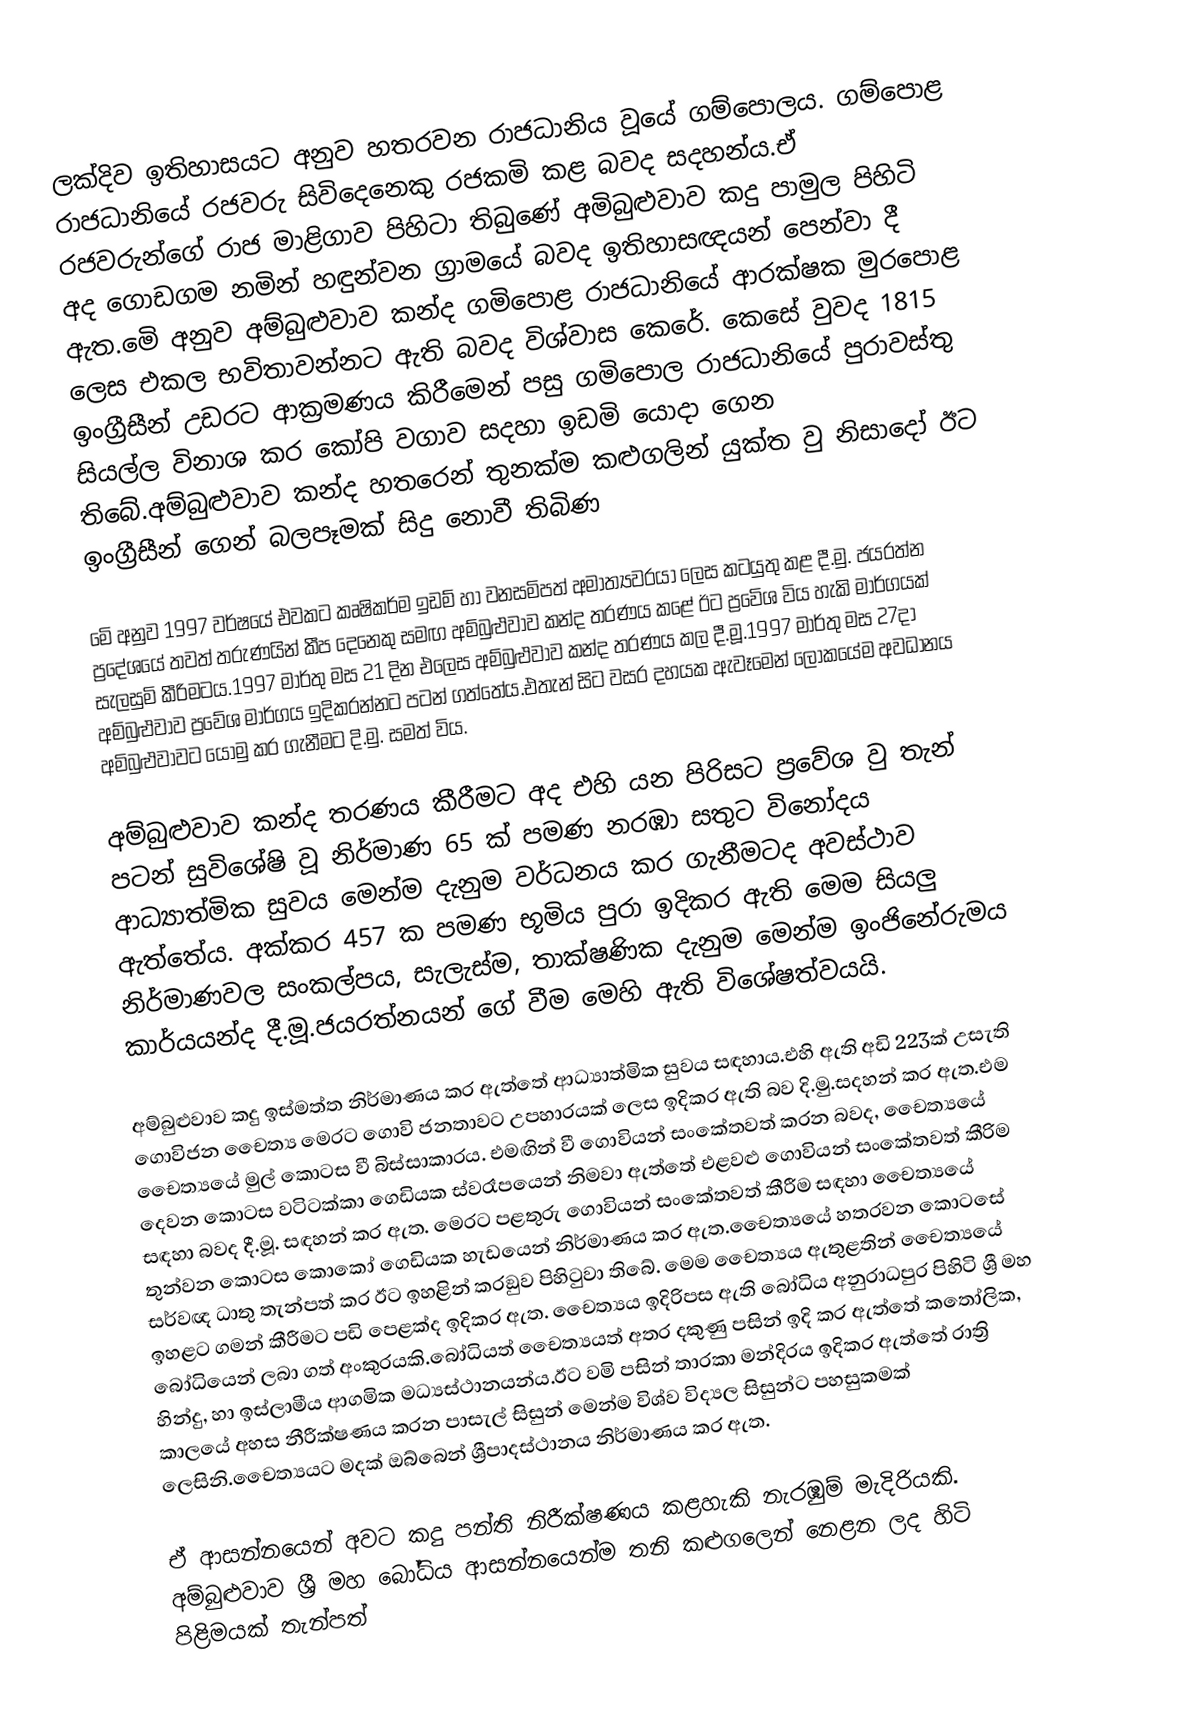
ලක්දිව ඉතිහාසයට අනුව හතරවන රාජධානිය වූයේ ගම්පොලය. ගම්පොළ රාජධානියේ රජවරු සිවිදෙනෙකු රජකමි කළ බවද සදහන්ය.ඒ රජවරුන්ගේ රාජ මාළිගාව පිහිටා තිබුණේ අමිබුළුවාව කදු පාමුල පිහිටි අද ගොඩගම නමින් හඳුන්වන ග්‍රාමයේ බවද ඉතිහාසඥයන් පෙන්වා දී ඇත.මෙි අනුව අම්බුළුවාව කන්ද ගමිපොළ රාජධානියේ ආරක්ෂක මුරපොළ ලෙස එකල භවිතාවන්නට ඇති බවද විශ්වාස කෙරේ. කෙසේ වුවද 1815 ඉංග්‍රීසීන් උඩරට ආක්‍රමණය කිරීමෙන් පසු ගමිපොල රාජධානියේ පුරාවස්තු සියල්ල විනාශ කර කෝපි වගාව සදහා ඉඩමි යොදා ගෙන තිබේ.අම්බුළුවාව කන්ද හතරෙන් තුනක්ම කළුගලින් යුක්ත වු නිසාදෝ ඊට ඉංග්‍රීසීන් ගෙන් බලපෑමක් සිදු නොවී තිබිණ

මෙි අනුව 1997 වර්ෂයේ එවකට කෘෂිකර්ම ඉඩම් හා වනසමිපත් අමාත්‍යවරයා ලෙස කටයුතු කළ දී.මු. ජයරත්න ප්‍රදේශයේ තවත් තරුණයින් කීප දෙනෙකු සමඟ අම්බුළුවාව කන්ද තරණය කළේ ඊට ප්‍රවෙිශ විය හැකි මාර්ගයක් සැලසුමි කීරිමටය.1997 මාර්තු මස 21 දින එලෙස අම්බුළුවාව කන්ද තරණය කල දී.මූ.1997 මාර්තු මස 27දා අම්බුළුවාව ප්‍රවේශ මාර්ගය ඉදිකරන්නට පටන් ගත්තේය.එතැන් සිට වසර දහයක ඇවෑමෙන් ලෝකයේම අවධානය අමිබුළුවාවට යොමු කර ගැනීමට දි.මු. සමත් විය.

අම්බුළුවාව කන්ද තරණය කීරීමට අද එහි යන පිරිසට ප්‍රවේශ වු තැන් පටන් සුවිශේෂි වූ නිර්මාණ 65 ක් පමණ නරඹා සතුට විනෝදය ආධ්‍යාත්මික සුවය⁣ මෙන්ම දැනුම වර්ධනය කර ගැනීමටද අවස්ථාව ඇත්තේය. අක්කර 457 ක පමණ භූමිය පුරා ඉදිකර ඇති මෙම සියලු නිර්මාණවල සංකල්පය, සැලැස්ම, තාක්ෂණික දැනුම මෙන්ම ඉංජිනේරුමය කාර්යයන්ද දී.මූ.ජයරත්නයන් ගේ වීම මෙහි ඇති විශේෂත්වයයි.

අම්බුළුවාව කදු ඉස්මත්ත නිර්මාණය කර ඇත්තේ ආධ්‍යාත්මික සුවය සඳහාය.එහි ඇති අඩි 223ක් උසැති ගොවිජන චෛත්‍ය මෙරට ගොවි ජනතාවට උපහාරයක් ලෙස ඉදිකර ඇති බව දි.මු.සදහන් කර ඇත.එම චෛත්‍යයේ මුල් කොටස වී බිස්සාකාරය. එමඟින් වී ගොවියන් සංකේතවත් කරන බවද, චෛත්‍යයේ දෙවන කොටස වටිටක්කා ගෙඩියක ස්වරෑපයෙන් නිමවා ඇත්තේ එළවළු ගොවියන් සංකේතවත් කීරිම සඳහා බවද දී.මූ. සඳහන් කර ඇත. මෙරට පළතුරු ගොවියන් සංකේතවත් කීරීම සඳහා චෛත්‍යයේ තුන්වන කොටස කොකෝ ගෙඩියක හැඩයෙන් නිර්මාණය කර ඇත.චෛත්‍යයේ හතරවන කොටසේ සර්වඥ ධාතු තැන්පත් කර ඊට ඉහළින් කරඞුව පිහිටුවා තිබේ.⁣ මෙම චෛත්‍යය ඇතුළතින් චෛත්‍යයේ ඉහළට ගමන් කීරීමට පඩි පෙළක්ද ඉදිකර ඇත. චෛත්‍යය ඉදිරිපස ඇති බෝධිය අනුරාධපුර පිහිටි ශ්‍රී මහ බෝධියෙන් ලබා ගත් අංකුරයකි.බෝධියත් චෛත්‍යයත් අතර දකුණු පසින් ඉදි කර ඇත්තේ කතෝලික, හින්දු, හා ඉස්ලාමීය ආගමික මධ්‍යස්ථානයන්ය.ඊට වමි පසින් තාරකා මන්දිරය ඉදිකර ඇත්තේ රාත්‍රි කාලයේ අහස නීරීක්ෂණය කරන පාසැල් සිසුන් මෙන්ම විශ්ව විද්‍යල සිසුන්ට පහසුකමක් ලෙසිනි.චෛත්‍යයට මදක් ඔබ්බෙන් ශ්‍රීපාදස්ථානය නිර්මාණය කර ඇත.

ඒ ආසන්නයෙන් අවට කදු පන්ති නිරීක්ෂණය කළහැකි නැරඹුම් මැදිරියකි. අම්බුළුවාව ශ්‍රී මහ බෝධිය ආසන්නයෙන්ම තනි කළුගලෙන් නෙළන ලද හිටි පිළිමයක් තැන්පත්